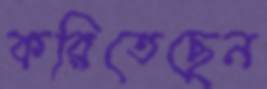
করিতেছেন